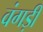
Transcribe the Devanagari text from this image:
वंगड़ी